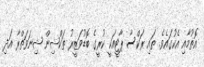
އޮތުމާއި އެކުގައެވެ. ތައި ރަކްސާ ޕާޓީއަކީ ކުރީގެ ބޮޑުވަޒީރު ތަކްޝިން ޝިނަވަތްރާ އަދި